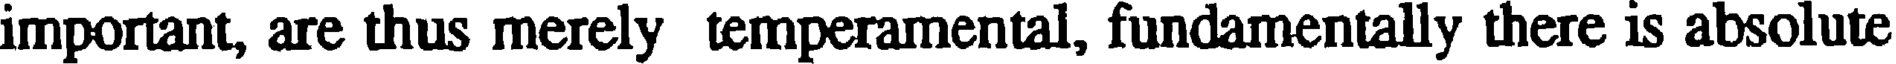
important, are thus merely temperamental, fundamentally there is absolute